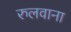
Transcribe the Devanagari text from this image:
रुलवाना